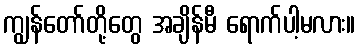
ကျွန်တော်တို့တွေ အချိန်မီ ရောက်ပါ့မလား။